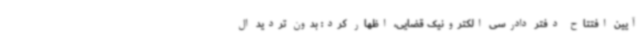
آیین افتتاح دفتر دادرسی الکترونیک قضایی، اظهار کرد: بدون تردید ال